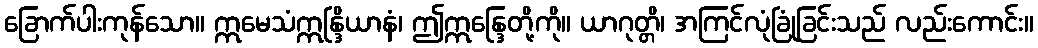
ခြောက်ပါးကုန်သော။ ဣမေသံဣန္ဒြိယာနံ၊ ဤဣန္ဒြေတို့ကို။ ယာဂုတ္တိ၊ အကြင်လုံခြုံခြင်းသည် လည်းကောင်း။